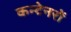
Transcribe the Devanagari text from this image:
कन्टेनरों